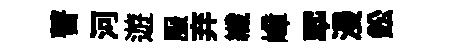
瞽河遊服弃纖嶂翆漫鈆